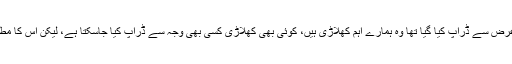
ان کا کہنا تھا کہ محمد حفیظ کو آرام دینے کی غرض سے ڈراپ کیا گیا تھا وہ ہمارے اہم کھلاڑی ہیں، کوئی بھی کھلاڑی کسی بھی وجہ سے ڈراپ کیا جاسکتا ہے، لیکن اس کا مطلب یہ نہیں کہ قومی ٹیم میرے محلے کی ٹیم ہو۔